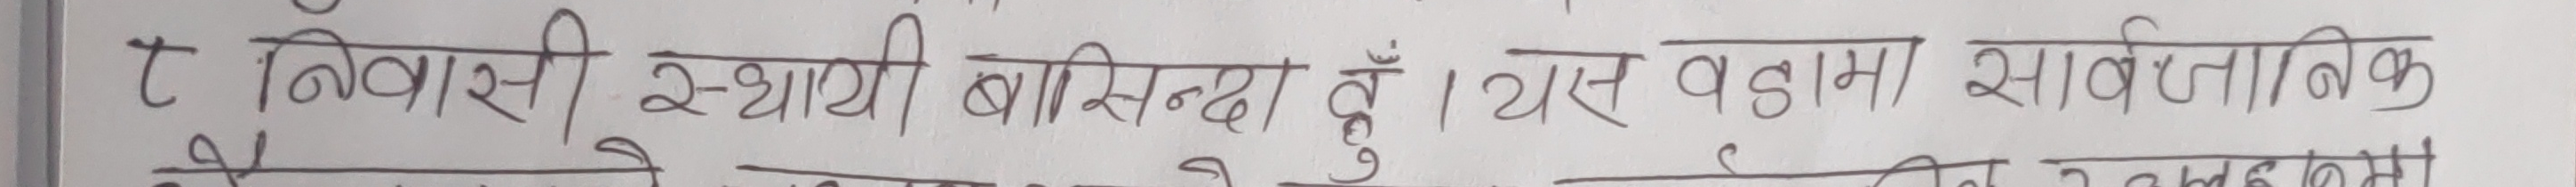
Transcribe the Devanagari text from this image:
८ निवासी स्थायी बासिन्दा हूँ। यस वडामा सार्वजनिक